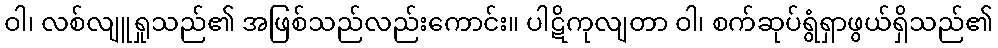
ဝါ၊ လစ်လျူရှုသည်၏ အဖြစ်သည်လည်းကောင်း။ ပါဋိကုလျတာ ဝါ၊ စက်ဆုပ်ရွံရှာဖွယ်ရှိသည်၏